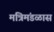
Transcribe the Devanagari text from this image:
मंत्रिमंडळास